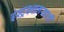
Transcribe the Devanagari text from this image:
इंस्ट्रक्शनसाठी